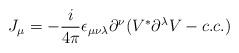
LaTeX: \begin{align*}J_\mu=-\frac{i}{4\pi}\epsilon_{\mu\nu\lambda}\partial^\nu(V^*\partial^\lambda V - c.c.)\end{align*}